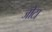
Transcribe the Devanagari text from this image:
जोटा